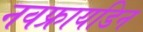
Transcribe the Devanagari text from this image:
नवफ्रायडिन